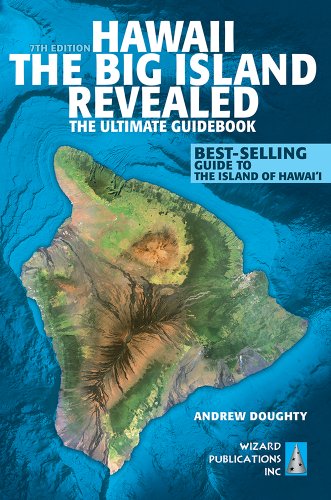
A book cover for Hawaii The Big Island Revealed: The Ultimate Guidebook; Andrew Doughty; Travel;